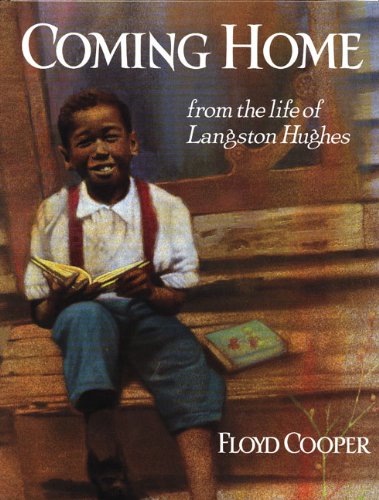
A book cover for Coming Home: From the Life of Langston Hughes; Floyd Cooper; Children's Books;